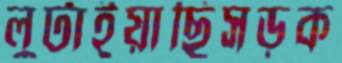
লুটাইয়াছিসড়ক